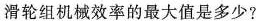
滑轮组机械效率的最大值是多少?